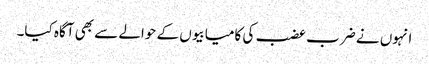
انہوں نے ضرب عضب کی کامیابیوں کے حوالے سے بھی آگاہ کیا۔